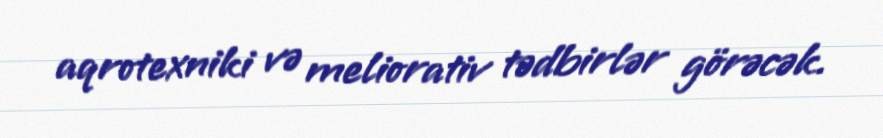
aqrotexniki və meliorativ tədbirlər görəcək.